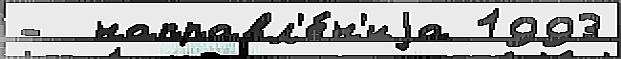
-  направл'е́н'иjа 1993